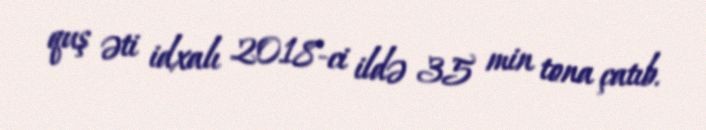
quş əti idxalı 2018-ci ildə 35 min tona çatıb.